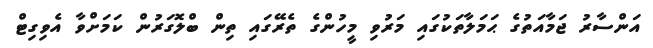
އަންސާރު ޖަމާއަތުގެ ޙަމަލާތަކުގައި މަރުވި މީހުންގެ ތެރޭގައި ތިން ބްލޮގަރުން ކަމަށްވާ އެވިގިޓް